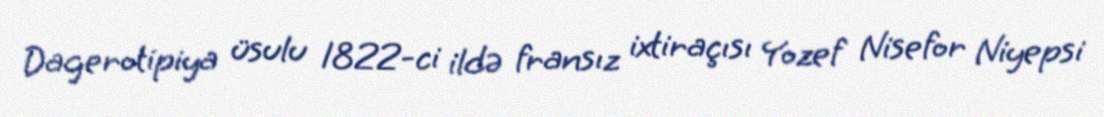
Dagerotipiya üsulu 1822-ci ildə fransız ixtiraçısı Yozef Nisefor Niyepsi